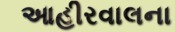
આહીરવાલના